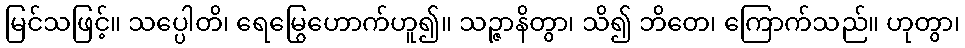
မြင်သဖြင့်။ သပ္ပေါတိ၊ ရေမြွေဟောက်ဟူ၍။ သဉ္ဇာနိတွာ၊ သိ၍ ဘိတေ၊ ကြောက်သည်။ ဟုတွာ၊